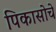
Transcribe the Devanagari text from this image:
पिकासोचे